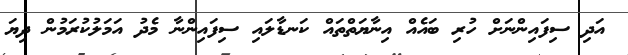
އަދި ސިފައިންނަށް ހުރި ބައެއް އިނާޔަތްތައް ކަނޑާލައި ސިފައިންނާ މެދު އަމަލުކުރަމުން ދިޔަ